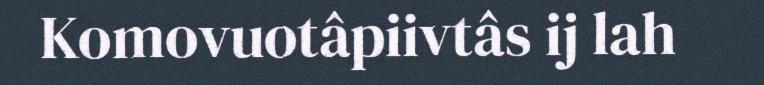
Komovuotâpiivtâs ij lah